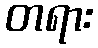
တရား